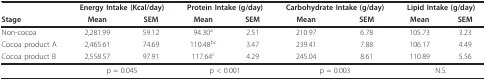
<table><thead><tr><td></td><td colspan="2"><b>Energy Intake (Kcal/day)</b></td><td colspan="2"><b>Protein Intake (g/day)</b></td><td colspan="2"><b>Carbohydrate Intake (g/day)</b></td><td colspan="2"><b>Lipid Intake (g/day)</b></td></tr><tr><td><b>Stage</b></td><td><b>Mean</b></td><td><b>SEM</b></td><td><b>Mean</b></td><td><b>SEM</b></td><td><b>Mean</b></td><td><b>SEM</b></td><td><b>Mean</b></td><td><b>SEM</b></td></tr></thead><tbody><tr><td>Non-cocoa</td><td>2,281.99</td><td>59.12</td><td>94.30<sup>a</sup></td><td>2.51</td><td>210.97</td><td>6.78</td><td>105.73</td><td>3.23</td></tr><tr><td>Cocoa product A</td><td>2,465.61</td><td>74.69</td><td>110.48<sup>bc</sup></td><td>3.47</td><td>239.41</td><td>7.88</td><td>106.17</td><td>4.49</td></tr><tr><td>Cocoa product B</td><td>2,558.57</td><td>97.91</td><td>117.64<sup>c</sup></td><td>4.29</td><td>245.04</td><td>8.61</td><td>110.89</td><td>5.56</td></tr><tr><td></td><td colspan="2">p = 0.045</td><td colspan="2">p &lt; 0.001</td><td colspan="2">p = 0.003</td><td colspan="2">N.S.</td></tr></tbody></table>